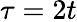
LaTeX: \tau=2t